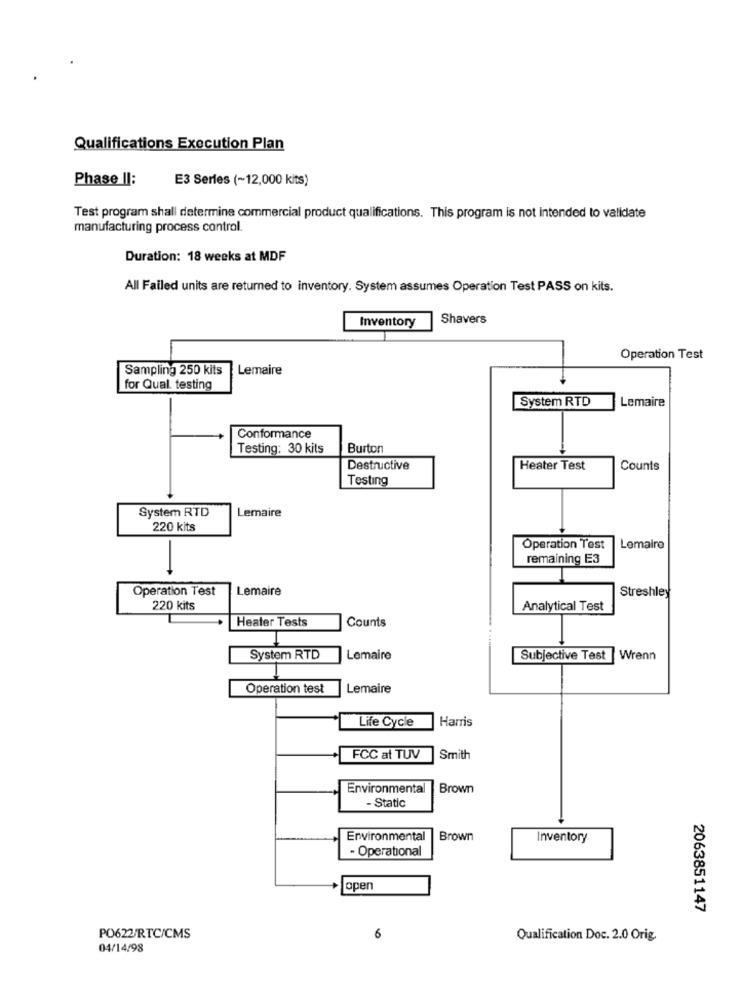
Qualifications Execution Plan
Phase II:
E3 Series (~12,000 kits)
Test program shall determine commercial product qualifications. This program is not intended to validate
manufacturing process control.
Duration: 18 weeks at MDF
All Failed units are returned to inventory. System assumes Operation Test PASS on kits.
Inventory
Shavers
Operation Test
Sampling 250 kits
Lemaire
for Qual. testing
System RTD
Lemaire
Conformance
Testing: 30 kits
Burton
Destructive
Heater Test
Counts
Testing
System RTD
Lemaire
220 kits
Operation Test
Lemaire
-
remaining E3
Operation Test
Lemaire
Streshley
220 kits
Analytical Test
Counts
Heater Tests
System RTD
Lemaire
Subjective Test
Wrenn
Operation test
Lemaire
Life Cycle
Harris
FCC at TUV
Smith
Environmental
Brown
- Static
Environmental
Brown
Inventory
- Operational
open
2063851147
PO622/RTC/CMS
6
Qualification Doc. 2.0 Orig.
04/14/98